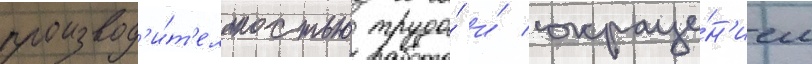
производ'и́т'ельностью труда́ и́ сокраще́н'ием